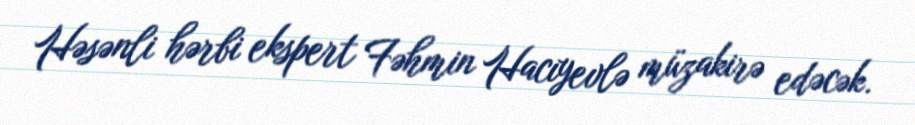
Həsənli hərbi ekspert Fəhmin Hacıyevlə müzakirə edəcək.